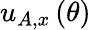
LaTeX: u_{A,x}\left(\theta\right)